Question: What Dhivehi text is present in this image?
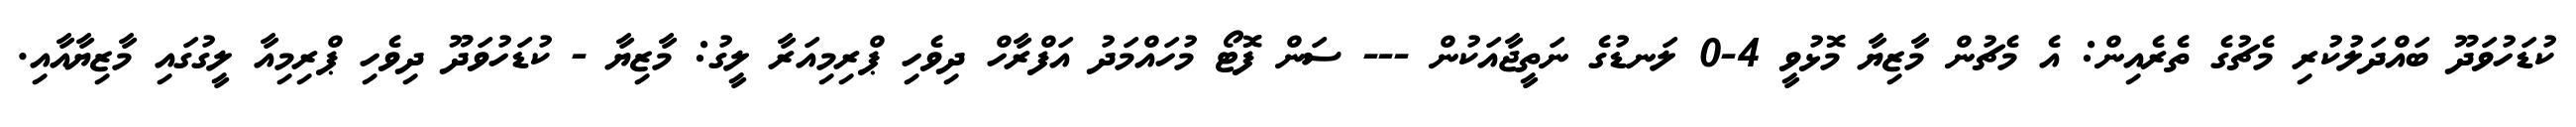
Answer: ކުޑަހުވަދޫ ބައްދަލުކުރި މެޗުގެ ތެރެއިން: އެ މެޗުން މާޒިޔާ މޮޅުވީ 4-0 ލަނޑުގެ ނަތީޖާއަކުން --- ސަން ފޮޓޯ މުހައްމަދު އަފްރާހް ދިވެހި ޕްރިމިއަރާ ލީގު: މާޒިޔާ - ކުޑަހުވަދޫ ދިވެހި ޕްރިމިއާ ލީގުގައި މާޒިޔާއާއި.